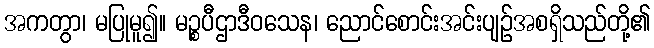
အကတွာ၊ မပြုမူ၍။ မဉ္စပီဌာဒီဝသေန၊ ညောင်စောင်းအင်းပျဉ်အစရှိသည်တို့၏